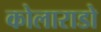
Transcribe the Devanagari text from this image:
कोलाराडो